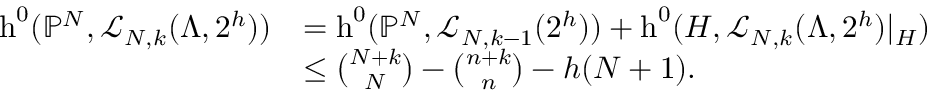
\begin{array} { r l } { \operatorname { h } ^ { 0 } ( { \mathbb P } ^ { N } , \mathcal { L } _ { N , k } ( \Lambda , 2 ^ { h } ) ) } & { = \operatorname { h } ^ { 0 } ( { \mathbb P } ^ { N } , \mathcal { L } _ { N , k - 1 } ( 2 ^ { h } ) ) + \operatorname { h } ^ { 0 } ( H , \mathcal { L } _ { N , k } ( \Lambda , 2 ^ { h } ) | _ { H } ) } \\ & { \le { \binom { N + k } { N } } - { \binom { n + k } { n } } - h ( N + 1 ) . } \end{array}